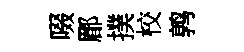
啜郿撲校鹑